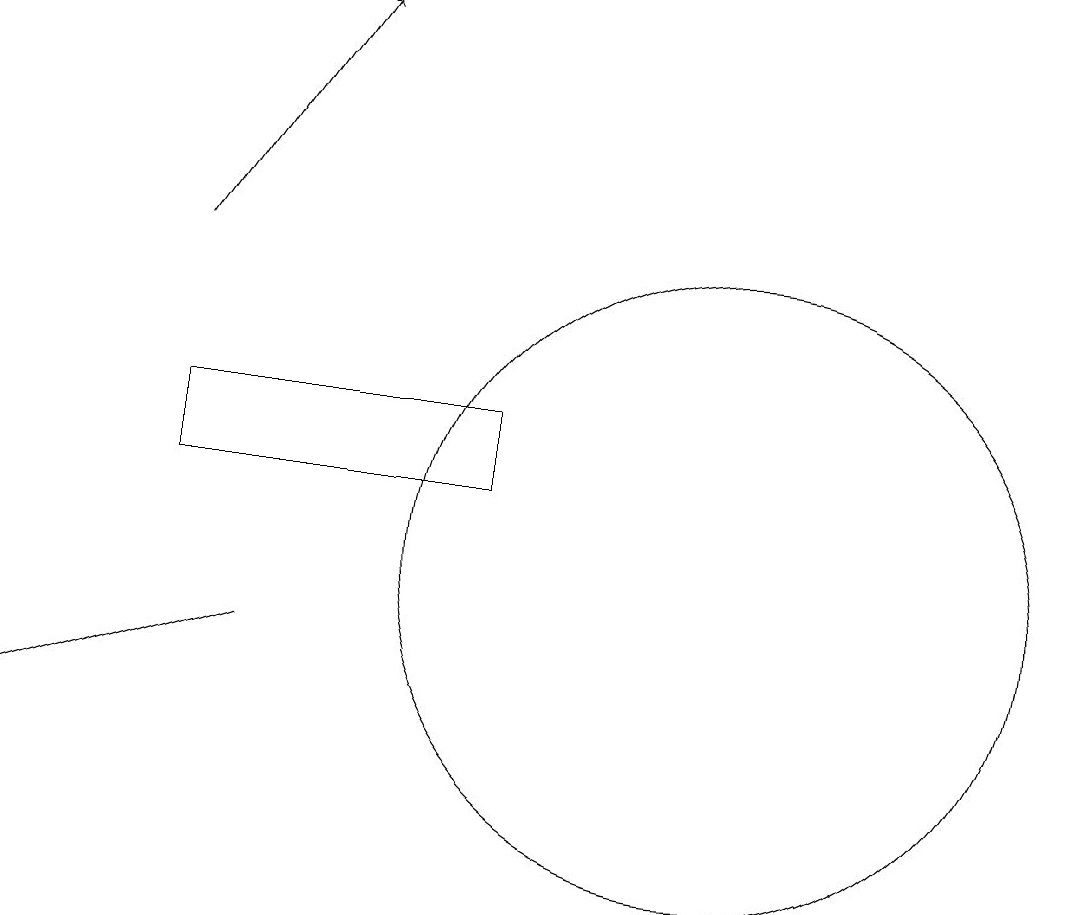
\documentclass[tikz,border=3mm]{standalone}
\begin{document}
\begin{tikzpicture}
\draw[->] (4,11) -- (1,10);
\draw (10,12) circle (4);
\draw[->] (3,16) -- (5,19);
\draw (3,14) rectangle (7,13);
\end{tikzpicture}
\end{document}